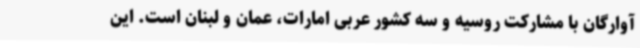
آوارگان با مشارکت روسیه و سه کشور عربی امارات، عمان و لبنان است. این